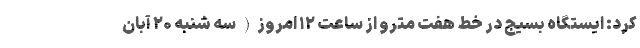
کرد: ایستگاه بسیج در خط هفت مترو از ساعت ۱۲ امروز( سه شنبه ۲۰ آبان